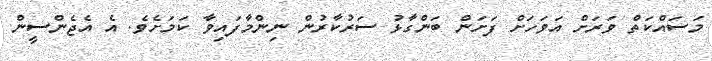
މަސައްކަތް ވަރަށް އަވަހަށް ފަށަން ބަންގާޅު ސަރުކާރުން ނިންމާފައިވާ ކަމަށެވެ. އެ އެޖެންސީން